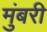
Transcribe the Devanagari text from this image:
मुंबरी